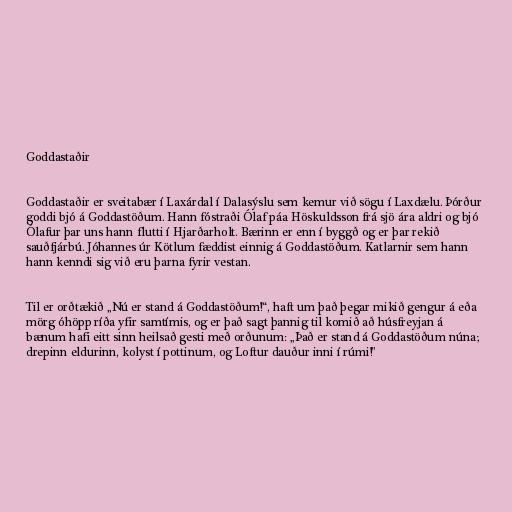
Goddastaðir

Goddastaðir er sveitabær í Laxárdal í Dalasýslu sem kemur við sögu í Laxdælu. Þórður
goddi bjó á Goddastöðum. Hann fóstraði Ólaf páa Höskuldsson frá sjö ára aldri og bjó
Ólafur þar uns hann flutti í Hjarðarholt. Bærinn er enn í byggð og er þar rekið
sauðfjárbú. Jóhannes úr Kötlum fæddist einnig á Goddastöðum. Katlarnir sem hann
hann kenndi sig við eru þarna fyrir vestan.

Til er orðtækið „Nú er stand á Goddastöðum!“, haft um það þegar mikið gengur á eða
mörg óhöpp ríða yfir samtímis, og er það sagt þannig til komið að húsfreyjan á
bænum hafi eitt sinn heilsað gesti með orðunum: „Það er stand á Goddastöðum núna;
drepinn eldurinn, kolyst í pottinum, og Loftur dauður inni í rúmi!"